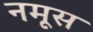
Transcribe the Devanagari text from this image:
नमूस